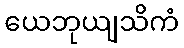
ယေဘုယျသိကံ